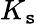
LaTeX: K_{\mathtt{s}}